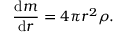
{ \frac { { \mathrm { d } } m } { { \mathrm { d } } r } } = 4 \pi r ^ { 2 } \rho .